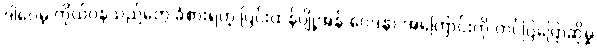
ဒါပေမဲ့ ကိုယ်ဝန်သည်တွေ ခံစားရတဲ့ ပြင်းထန်ပျို့အန် ဝေဒနာ အကြောင်းကို တင်ပြပြောဆိုမှု